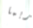
ربما